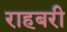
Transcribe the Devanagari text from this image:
राहबरी